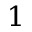
1